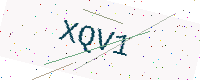
Text: XQV1